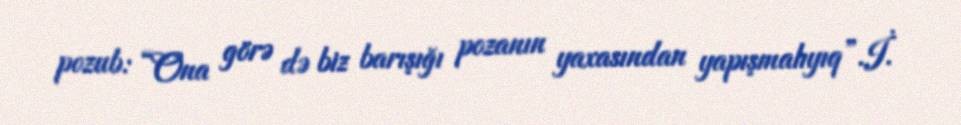
pozub: “Ona görə də biz barışığı pozanın yaxasından yapışmalıyıq”.İ.